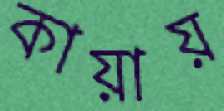
কায়ায়